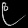
Digit: ၉